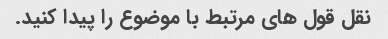
نقل قول های مرتبط با موضوع را پیدا کنید.